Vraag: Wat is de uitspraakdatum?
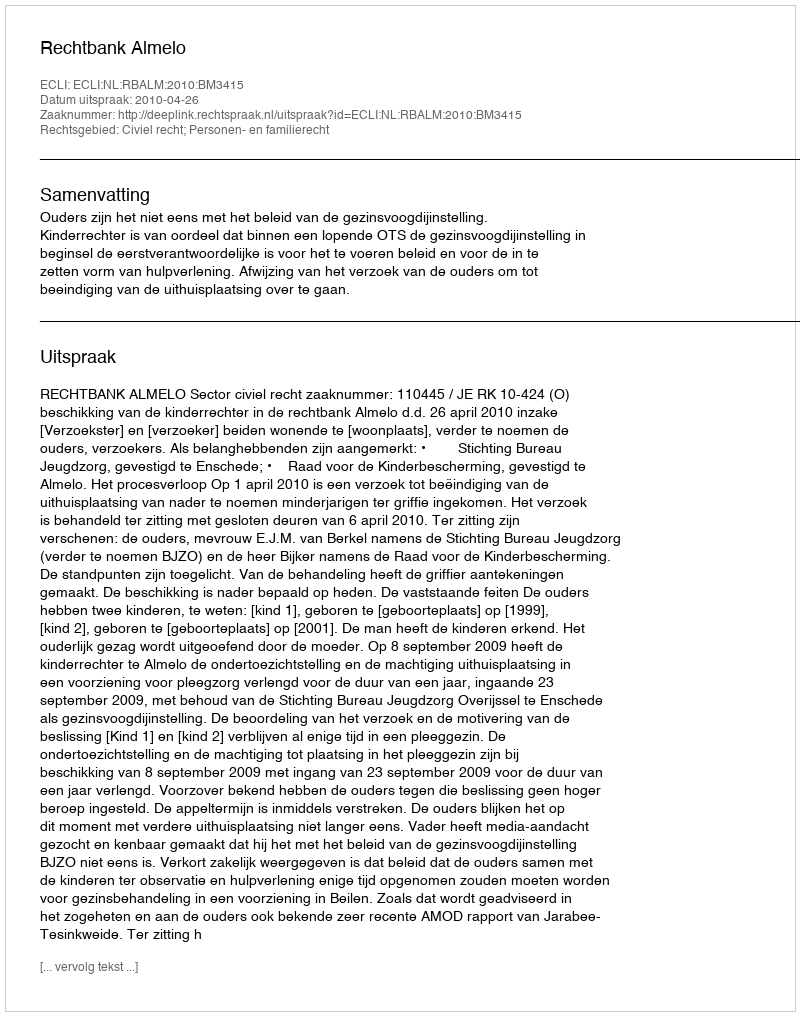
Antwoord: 2010-04-26